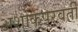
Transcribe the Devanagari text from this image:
अशोकपरवर्ती